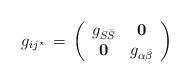
LaTeX: \begin{align*}g_{ij^\star} \, = \,\left(\begin{array}{cc}g_{S\bar S} & {\bf0}\\ {\bf 0} & g_{\alpha \bar\beta}\end{array}\right)\end{align*}